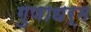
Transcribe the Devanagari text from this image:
गुणाधर्म